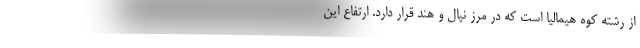
از رشته کوه هیمالیا است که در مرز نپال و هند قرار دارد. ارتفاع این